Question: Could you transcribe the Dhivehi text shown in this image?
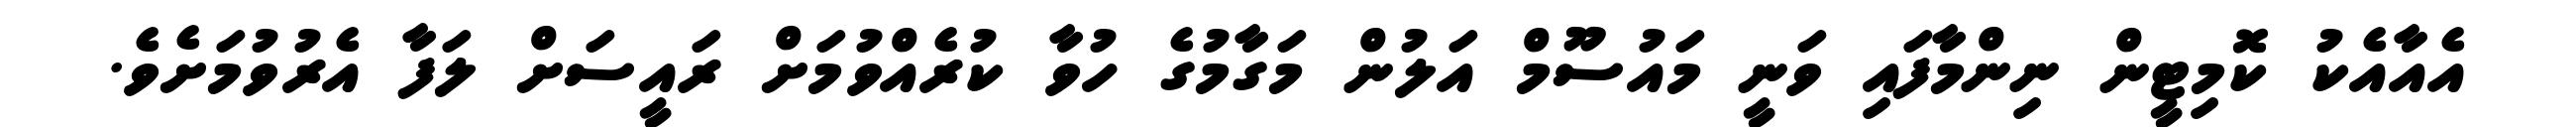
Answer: އެއާއެކު ކޮމިޓީން ނިންމާފައި ވަނީ މައުސޫމް އަލުން މަގާމުގެ ހުވާ ކުރެއްވުމަށް ރައީސަށް ލަފާ އެރުވުމަށެވެ.